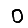
Digit: 0